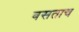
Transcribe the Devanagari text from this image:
बसताच